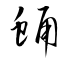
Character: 蛹